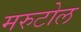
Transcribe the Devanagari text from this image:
मरुटोल